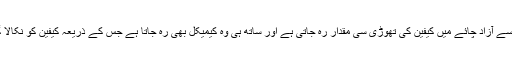
کیفین سے آزاد چائے میں کیفین کی تھوڑی سی مقدار رہ جاتی ہے اور ساتھ ہی وہ کیمیکل بھی رہ جاتا ہے جس کے ذریعہ کیفین کو نکالا گیا ہو۔